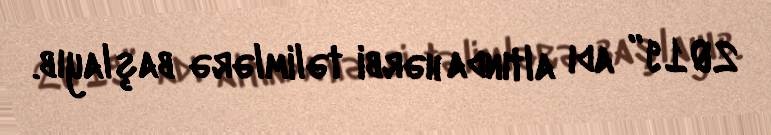
2019” adı altında hərbi təlimlərə başlayıb.